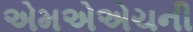
એમએએચની